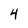
Character: 4